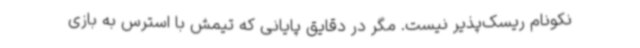
نکونام ریسک‌پذیر نیست. مگر در دقایق پایانی که تیمش با استرس به بازی